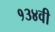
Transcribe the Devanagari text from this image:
१३४वी